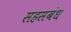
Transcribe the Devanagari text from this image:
सहसबंध